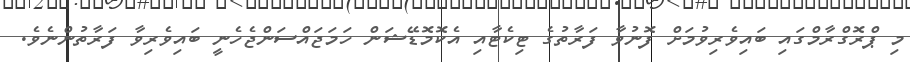
މި ޕްރޮގްރާމްގައި ބައިވެރިވުމަށް ފޮނުވާ ފަރާތުގެ ޓިކެޓާއި އެކޮމޮޑޭޝަން ހަމަޖައްސަންޖެހެނީ ބައިވެރިވާ ފަރާތުންނެވެ.